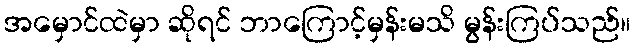
အမှောင်ထဲမှာ ဆိုရင် ဘာကြောင့်မှန်းမသိ မွန်းကြပ်သည်။